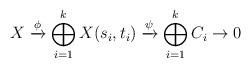
LaTeX: \begin{align*}X \xrightarrow{\phi} \bigoplus_{i=1}^k X(s_i,t_i) \xrightarrow{\psi} \bigoplus_{i=1}^k C_i \to 0\end{align*}